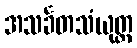
အသင်္ခတသံယုတ္တ